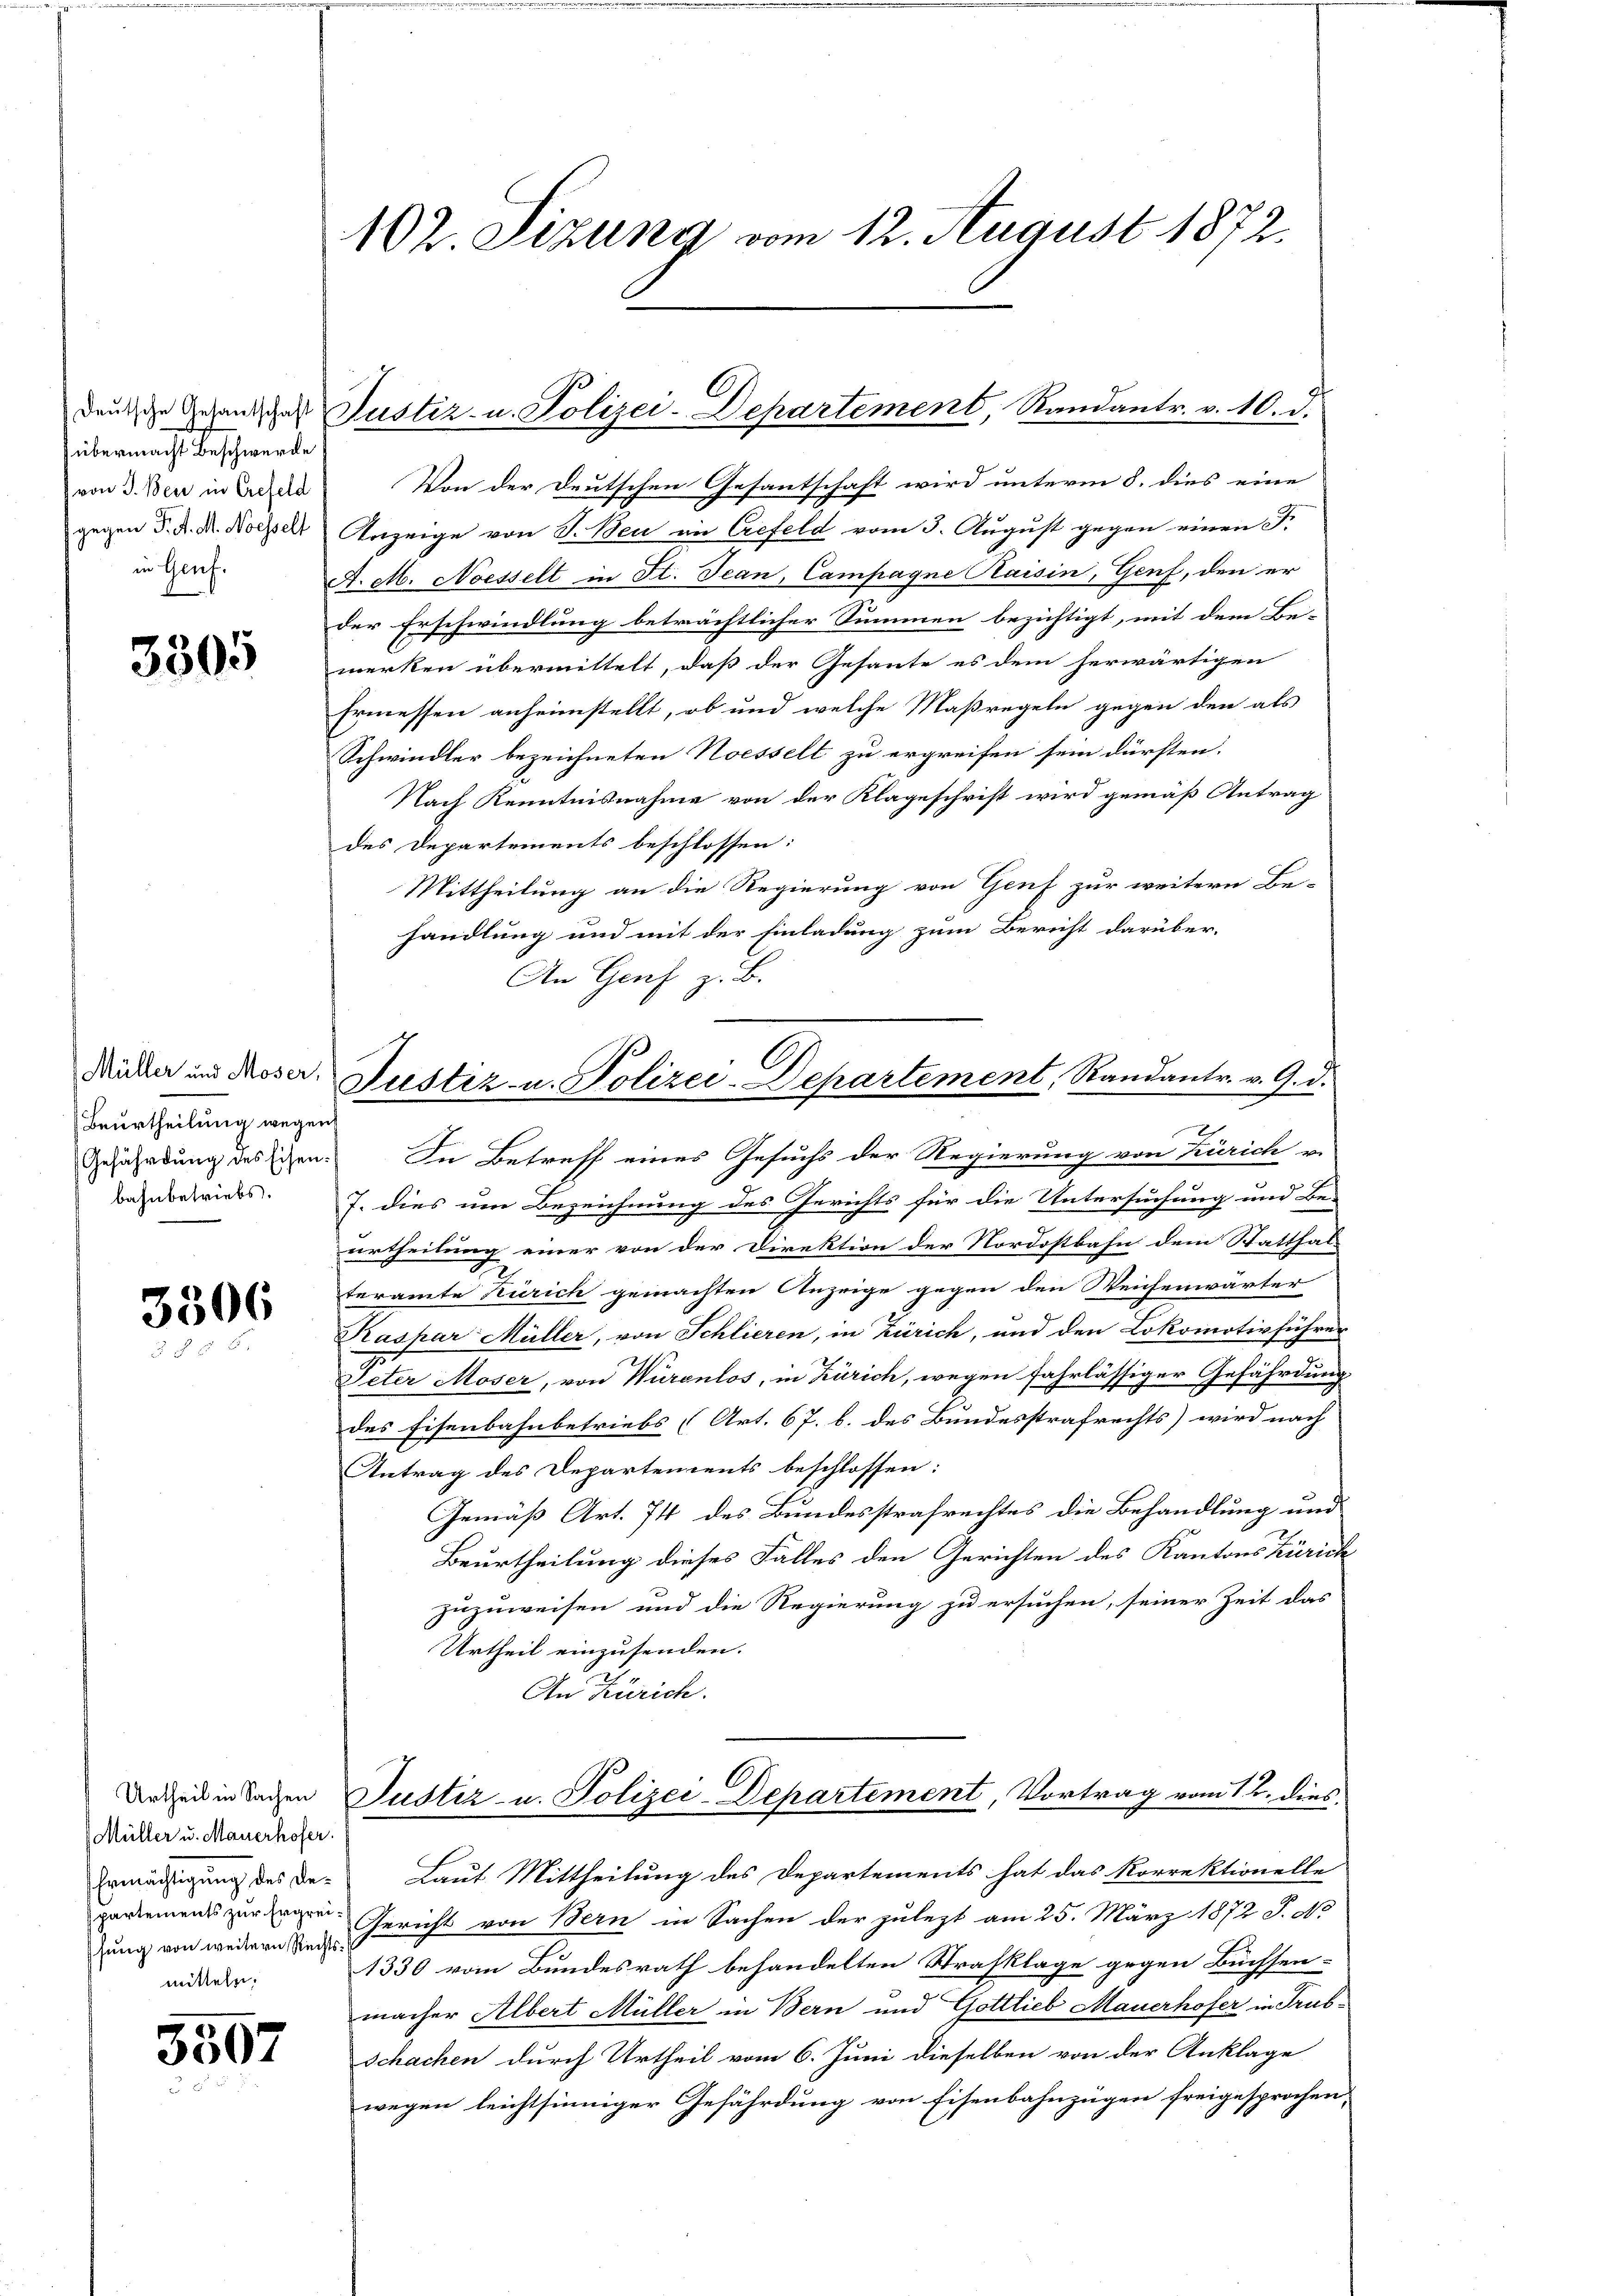
Deutsche Gesantschaft
übermacht Beschwerde
von J. Berei in Crefeld
gegen F. d. M. Noesselt
in Genf.

3505

Müller und Moser,
Beurtheilung wegen
Gefährdung des Eisen:
bahnbetriebs.

3306

Müller u. Mauerhofer.
Ermächtigung des Despartements zur Ergreimitteln,

5507

102. Sizung vom 12. August 1872.

Justiz- u. Polizei-Departement, Randantr. v. 10. d.

Von der Deutschen Gesantschaft wird unterm 8. dies eine
Anzeige von S. Bei in Crefeld vom 3. Aŭgŭst gegen einen F.
A. c. Noesselt in St. Jean, Campagne Kaisin, Genf, den er
der Erschwindlung beträchtlicher Summen bezichtigt, mit dem Be-
merken übermittelt, daß der Gesante es dem herwärtigen
Ermessen anheimstellt, ob und welche Maßregeln gegen den als
Schwindler bezeichneten Noesselt zu ergreifen sein dürften.
Nach Kenntnisnahme von der Klageschrift wird gemäß Antrag
des Departements beschlossen:
Mittheilung an die Regierung von Genf zur weitern Be-
handlung und mit der Einladung zum Bericht darüber-
An Genf zu B.
In Betreff eines Gesuchs der Regierung von Zürich v.
7. dies um Bezeichnung des Gerichts für die Untersuchung und Be-
urtheilung einer von der Direktion der Nordostbahn dem Statthal
teramte Zürich gemachten Anzeige gegen den Weichenwärter
Kaspar Müller, von Schlieren, in Zürich, und den Lokomotivführer
Peter Moser, von Würenlos, in Zürich, wegen fahrlässiger Gefährdung
l.
des Eisenbahnbetriebs (Art. 67. b. des Bundesstrafrechts) wird nach
Antrag des Departements beschlossen:
Gemäß Art. 74 des Bundesstrafrechtes die Behandlung und
Beurtheilung dieses Falles den Gerichten des Kantons Zürich
zuzuweisen und die Regierung zu ersuchen, seiner Zeit das
Urtheil einzusenden.
An Zürich.
Urteil in Tagen Suster- u. Polizei-Departement, Vortrag vom 1. dies
Laut Mittheilung des Departements hat das Korrektionelle
zung von weitern in Gericht von Bern in Sachen der zulezt am 25. März 1872 J. No
1330 vom Bundesrath behandelten Strafklage gegen Büchsen-
macher Albert Müller in Bern und Gottlieb Mauerhofer in Trub¬
Schachen durch Urtheil vom 6. Juni dieselben von der Anklage
wegen leichtsinniger Gefährdung von Eisenbahnzügen freigesprochen,

Justiz- u. Polizei-Departement, Randantr. v. 9. d.